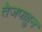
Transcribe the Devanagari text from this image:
तेजपाहुन